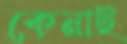
কেনাই